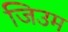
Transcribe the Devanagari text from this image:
जिउम